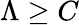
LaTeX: \Lambda\geq C